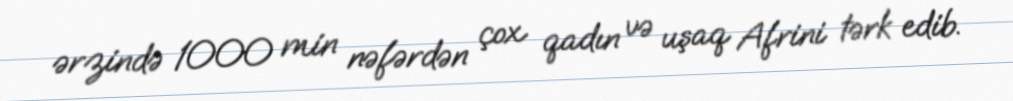
ərzində 1000 min nəfərdən çox qadın və uşaq Afrini tərk edib.